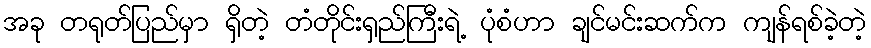
အခု တရုတ်ပြည်မှာ ရှိတဲ့ တံတိုင်းရှည်ကြီးရဲ့ ပုံစံဟာ ချင်မင်းဆက်က ကျန်ရစ်ခဲ့တဲ့